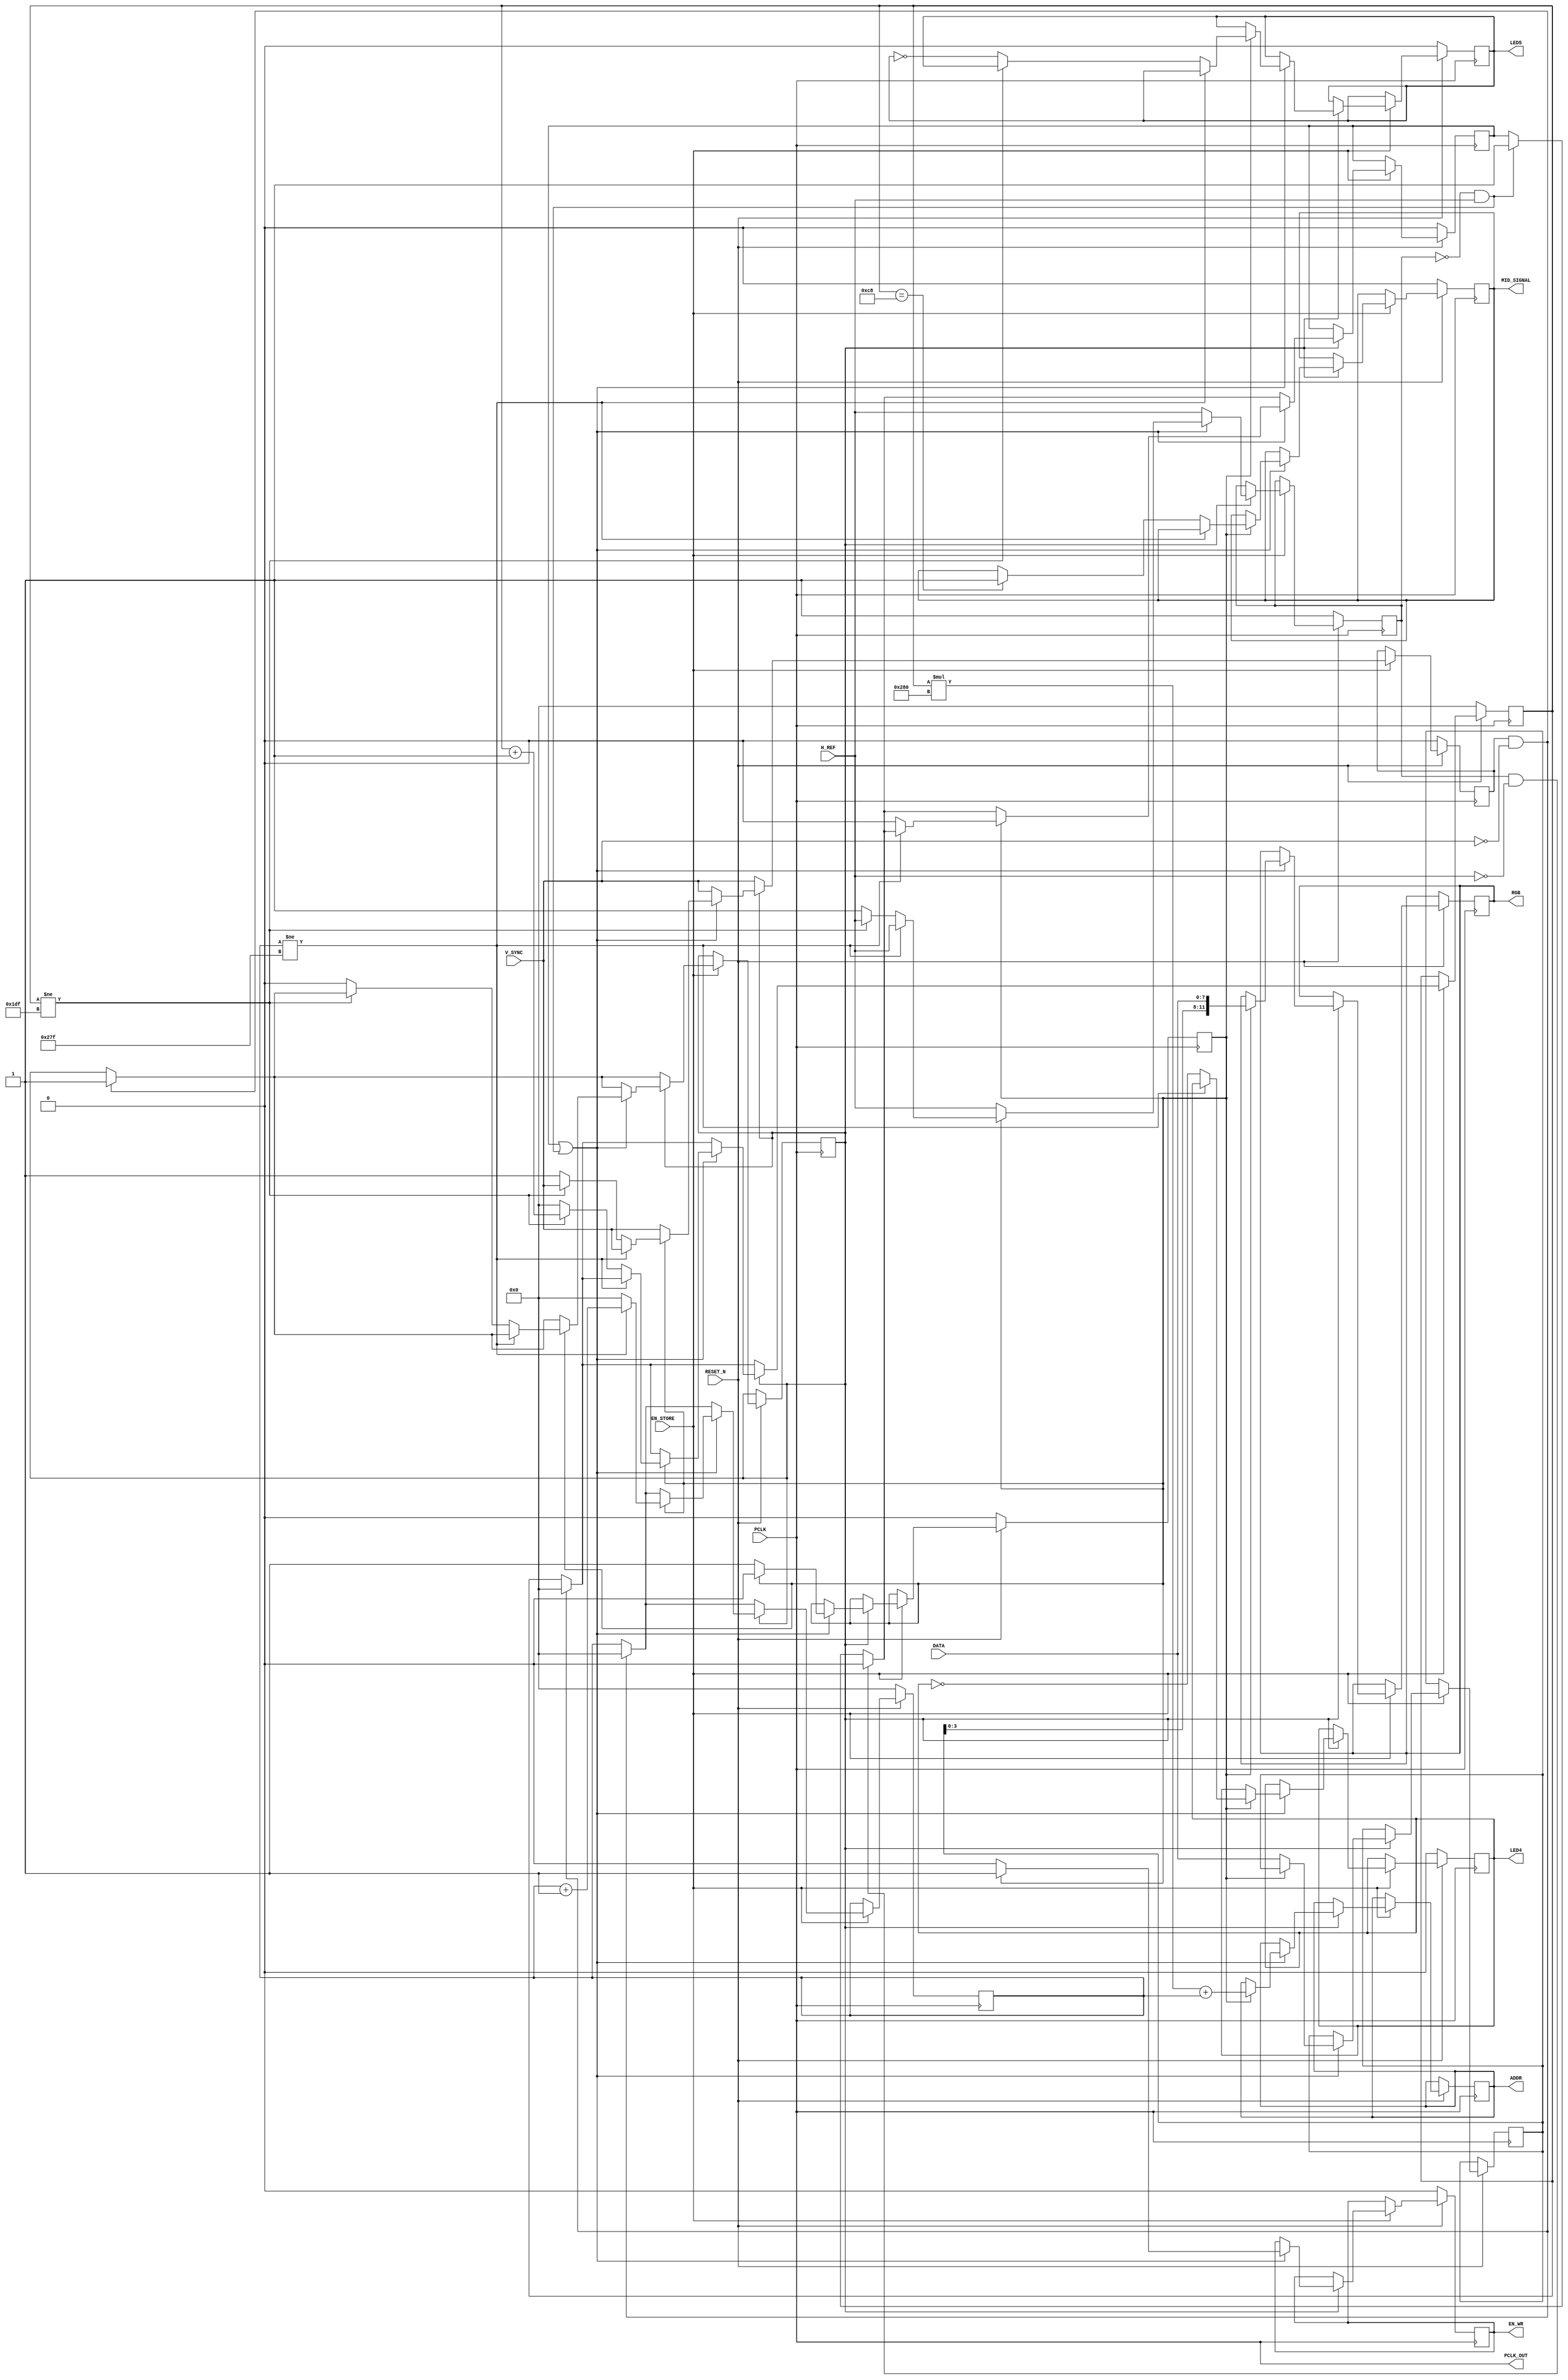
module Camera2BRAM(
    input RESET_N,
    input EN_STORE,

    output reg LED4,
    output reg LED5,

    // Camera side
    input PCLK,
    input H_REF,
    input V_SYNC,
    input [7:0] DATA,
    // Use RGB444, xR + GB

    // BRAM side
    output reg MID_SIGNAL,
    output PCLK_OUT,    // Output to BRAM
    output reg EN_WR,
    output reg [11:0] RGB,
    output reg [18:0] ADDR
);

assign PCLK_OUT = PCLK;

reg flag_href,flag_vsync,href_valid,vsync_valid;
reg flag_combine;
reg [7:0] rgb_in;
reg [9:0] cnt_href,cnt_vsync;

always@(posedge PCLK) begin
    if(!RESET_N) begin
        LED4 <= 1'b0;
        LED5 <= 1'b0;
        EN_WR <= 1'b0;
        cnt_href <= 10'b0;
        cnt_vsync <= 10'b0;
        flag_combine <= 1'b0;
        flag_href <= 1'b1;
        flag_vsync <= 1'b0;
        href_valid <= 1'b0;
        MID_SIGNAL <= 1'b0;
    end
    else if(EN_STORE) begin
        
        flag_vsync <= V_SYNC;
        if(flag_vsync && !V_SYNC) begin
            vsync_valid <= 1'b1;
            cnt_href <= 10'b0;
            cnt_vsync <= 10'b0;
        end
        
        if(vsync_valid) begin               // Start one frame transformation
            
            flag_href <= H_REF;
            if(!flag_href && H_REF) href_valid <= 1'b1;
            if(flag_href && !H_REF) href_valid <= 1'b0;

            if(href_valid || (!flag_href && H_REF)) begin
                
                if(flag_combine == 1'b1) begin

                    // DATA transportation
                    EN_WR <= 1'b1;
                    RGB <= {rgb_in[3:0],DATA};
                    ADDR <= cnt_vsync*640 + cnt_href;

                    // HREF and V_SYNC counting
                    if(cnt_href != 639) begin
                        cnt_href <= cnt_href + 1'b1;
                    end
                    else begin
                        LED4 <= ~LED4;
                        cnt_href <= 10'b0;
                        href_valid <= 1'b0;
                        
                        if(cnt_vsync == 200) MID_SIGNAL <= 1'b1;////////////
                        
                        if(cnt_vsync != 479) begin
                            cnt_vsync <= cnt_vsync + 1'b1;
                        end
                        else begin      
                            LED5 <= ~LED5;
                            flag_combine <= 1'b0;
                            cnt_href <= 10'b0;
                            cnt_vsync <= 10'b0;
                            vsync_valid <= 1'b0;
                            flag_href <= 1'b1;
                            flag_vsync <= 1'b1;
                        end
                    end
                    flag_combine <= 1'b0;
                end
                else begin
                    EN_WR <= 1'b0;
                    rgb_in <= DATA;
                    flag_combine <= 1'b1;
                end
            end
        end
    end
end

endmodule